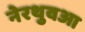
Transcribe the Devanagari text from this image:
नेरथुवआ